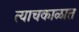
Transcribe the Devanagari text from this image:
त्याचकाळात